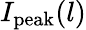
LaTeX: I_{\mathrm{peak}}(l)